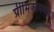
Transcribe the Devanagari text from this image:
प्रीमिकामनया